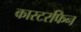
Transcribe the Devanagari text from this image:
कास्टरफिन